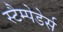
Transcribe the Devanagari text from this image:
स्टैम्पेडेर्स